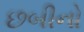
છબીનો